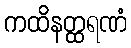
ကထိနတ္ထရဏံ